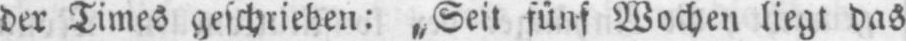
der Times geschrieben: „Seit fünf Wochen liegt das